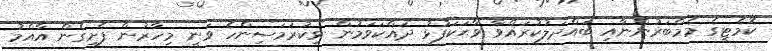
ކޮމެޓީގެ މެމްބަރުންނާއި ބައްދަލުކުރައްވާ ވާޙަކަފުޅު ދައްކަވަމުން ވިކުރަމަސިންހެ ވަނީ މިހާރުން ފެށިގެން އާއްމު